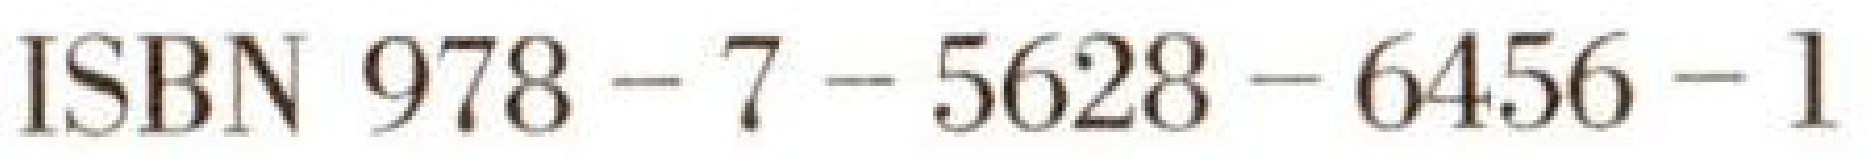
ISBN 978-7-5628-6456-1